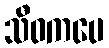
သီဝကပေ